Report of an investigation into the causes of the diseases known in Assam as Kála-Azár and Beri-Beri
Disease focus: Beri-Beri
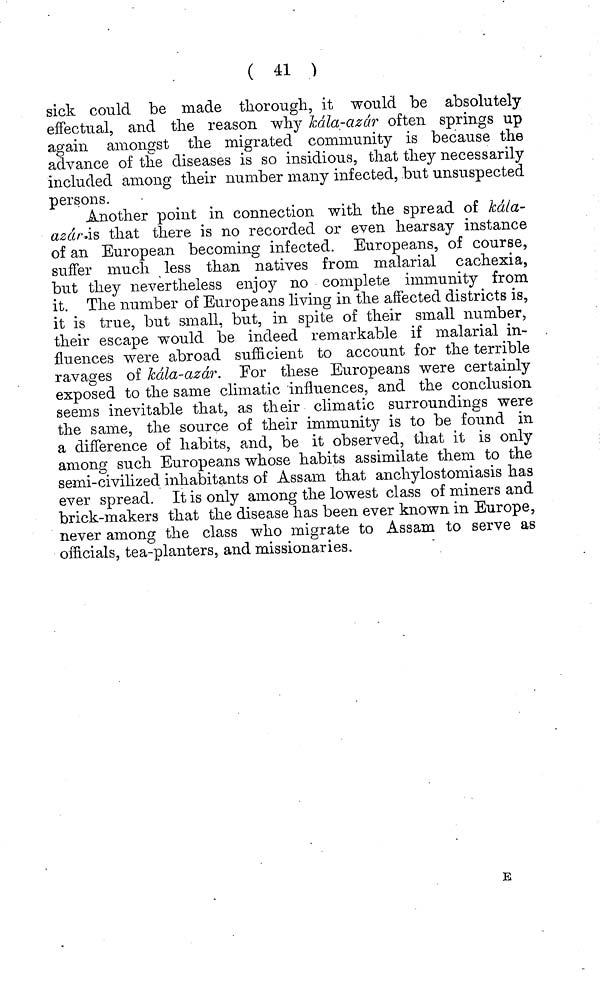
( 41 )
sick could be made thorough, it would be absolutely
effectual, and the reason why Kála-azár often springs up
again amongst the migrated community is because the
advance of the diseases is so insidious, that they necessarily
included among their number many infected, but unsuspected
persons.
Another point in connection with the spread of kála-
azár is that there is no recorded or even hearsay instance
of an European becoming infected. Europeans, of course,
suffer much less than natives from malarial cachexia,
but they nevertheless enjoy no complete immunity from
it. The number of Europeans living in the affected districts is,
it is true, but small, but, in spite of their small number.,
their escape would be indeed remarkable if malarial in-
fluences were abroad sufficient to account for the terrible
ravages of kála-azár. For these Europeans were certainly
exposed to the same climatic influences, and the conclusion
seems inevitable that, as their climatic surroundings were
the same, the source of their immunity is to be found in
a difference of habits, and, be it observed, that it is only
among such Europeans whose habits assimilate them to the
semi-civilized inhabitants of Assam that anchylostomiasis has
ever spread. It is only among the lowest class of miners and
brick-makers that the disease has been ever known in Europe,
never among the class who migrate to Assam to serve as
officials, tea-planters, and missionaries.
E